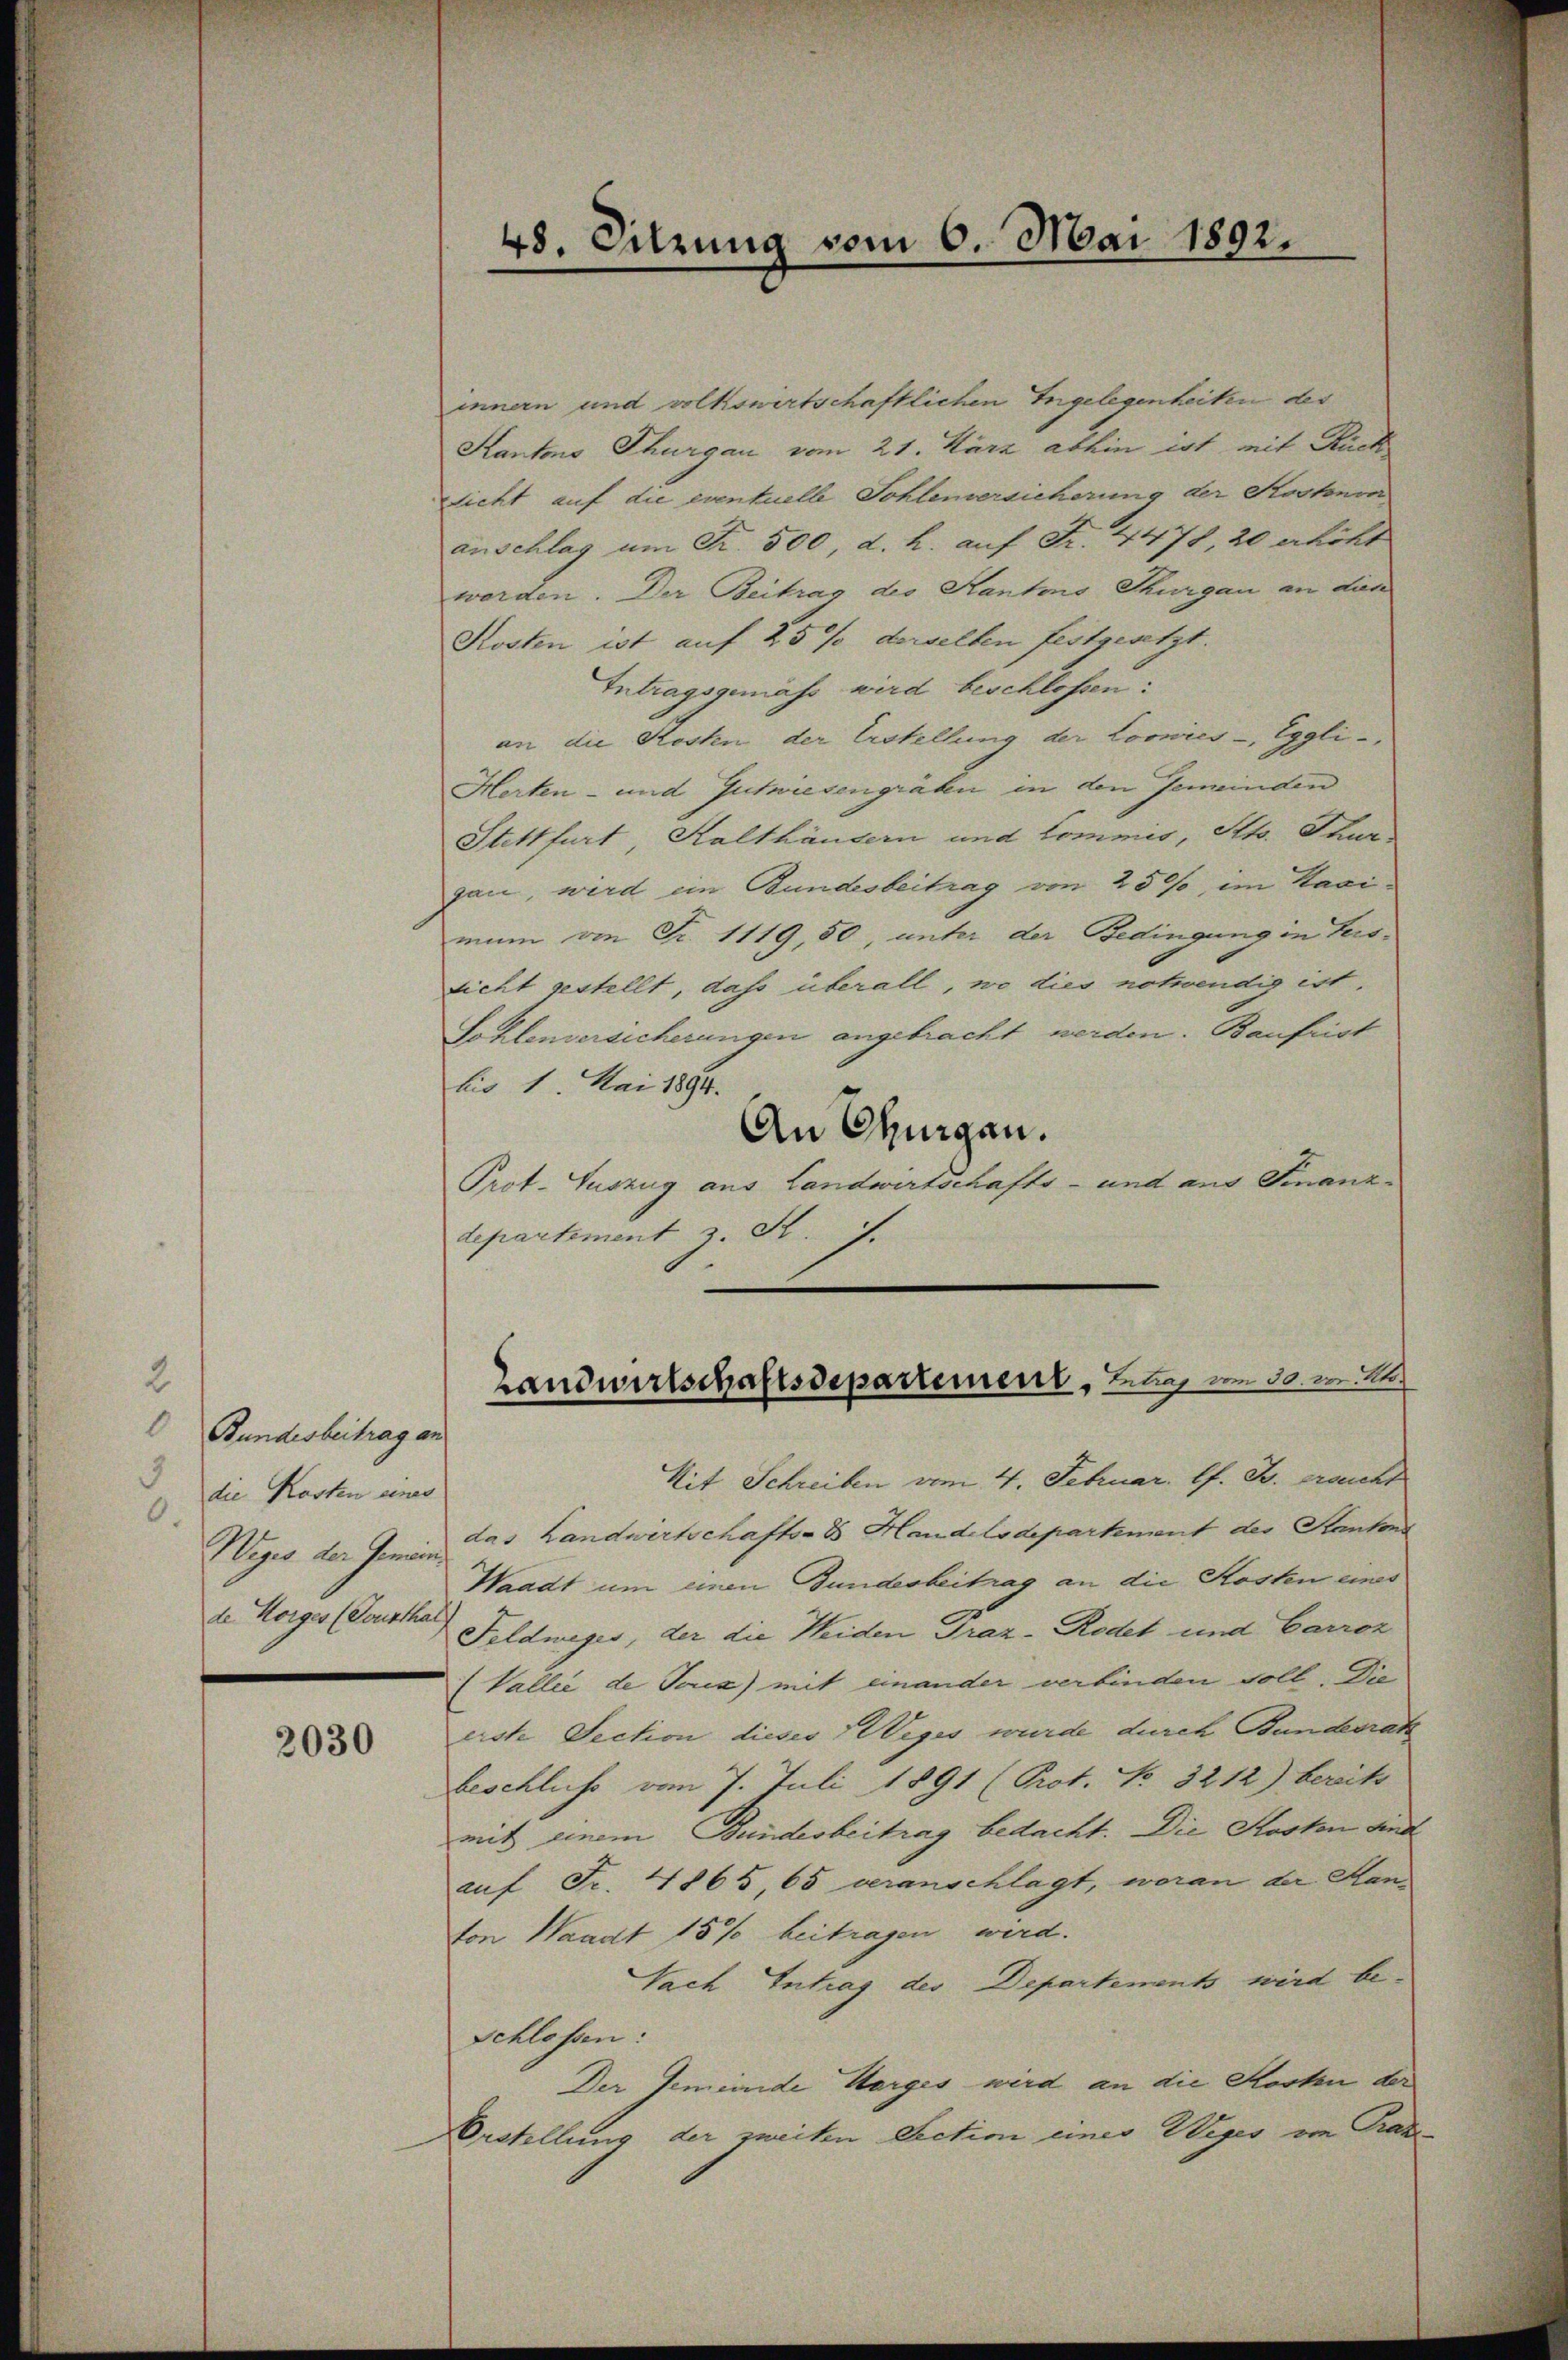
2
Bundesbeitrag an
3
die Kosten einer
0.
Weges der Gemeinde Horges (Cousthal

2030

innern und volkswirtschaftlichen Ingelegenheiten des
Kantons Thurgau vom 21. März abhin ist mit Rück
Licht auf die eventuelle Sohlenversicherung der Kostere
anschlag um Fr. 500, d. h. auf Fr. 4478, 20 erhöht
worden. Der Beitrag des Kantons Thurgau an dien
Kosten ist auf 25% derselben festgesetzt.
Intragsgemäß wird beschlossen:
an die Kosten der Erstellung der Loonies - Eggli-
Herten- und Gutwiesengräben in den Gemeinden
Stettfurt, Kalthäusern und Commis, Stts. Thur-
gan, wird ein Bundesbeitrag von 25%, im Kasimum von Fr. 1119, 50, unter der Bedingung in Persdicht gestellt, das überall, wo dies notwendig ist,
Sohlenversicherungen angebracht werden. Baufrist
bis 1. Mai 1894.
An Thurgau.
Prot. Auszug aus Landwirtschafts- und aus Finanz¬
Separtiment z. St. J.
Mit Schreiben vom 4. Februar. l. J. ersucht
das Landwirtschafts- & Handelsdepartement des Stantons
Waadt um einen Bundesbeitrag an die Kosten eines
Feldweges, der die Weiden Praz-Rodet und Carroz
(Vallee de Tous) mit einander verbinden soll. Die
erste Section dieser Weges wurde durch Bundesrath
beschluß vom 7. Juli 1891 (Prot. No. 3212) bereits
mit einem Bundesbeitrag bedacht. Die Kosten sind
auf Fr. 4865, 65 veranschlagt, woran der Hanton Waadt 15% beitragen werd.
Nach Intrag des Departements wird be-
Schlossen:
Der Gemeinde Horges wird an die Kosten der
Erstellung der zweiten Section einer Weges von Grade

48. Sitzung vom 6. Mai 1892.

Landwirtschaftsdepartement, Litas vom 30. v. M.